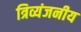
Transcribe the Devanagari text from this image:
त्रिव्यंजनीय